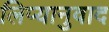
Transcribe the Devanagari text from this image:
लिप्यानुवाद